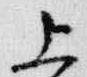
上